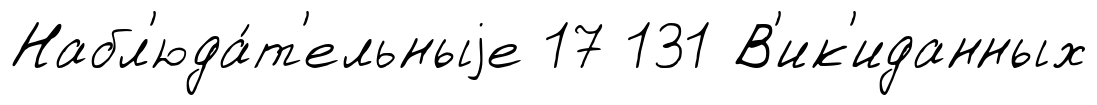
Набл'юда́т'ельныjе 17 131 В'ик'иданных